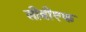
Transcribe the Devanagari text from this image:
सीबीएफ